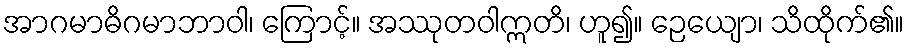
အာဂမာဓိဂမာဘာဝါ၊ ကြောင့်။ အဿုတဝါဣတိ၊ ဟူ၍။ ဉေယျော၊ သိထိုက်၏။